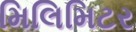
મિલિમિટર